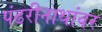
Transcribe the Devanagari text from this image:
पंढरीनाथांवर